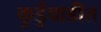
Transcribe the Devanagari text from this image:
कुर्डुवाडीत